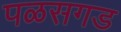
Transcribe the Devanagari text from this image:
पळसगड